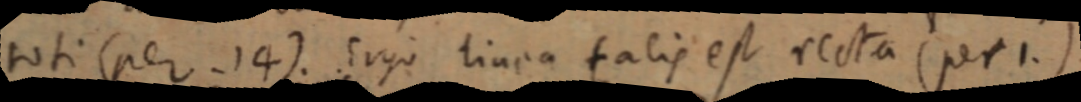
toti (per. 14). Ergo linea talis est recta (per 1.)